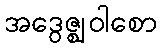
အဒွေဇ္ဈဝါစော